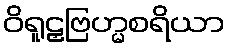
ဝိရူဠှဗြဟ္မစရိယာ